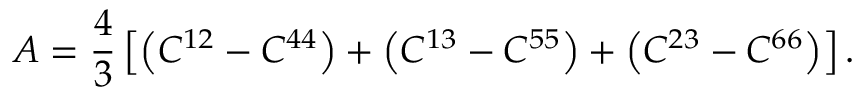
A = \frac 4 3 \left[ \left( C ^ { 1 2 } - C ^ { 4 4 } \right) + \left( C ^ { 1 3 } - C ^ { 5 5 } \right) + \left( C ^ { 2 3 } - C ^ { 6 6 } \right) \right] .